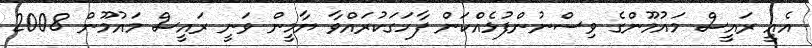
އެއީ ރައީސް މައުމޫންގެ ވިސްނުންފުޅެއްކަން ފާހަގަކުރައްވާ ޔާމީން ވަނީ ރައީސް މައުމޫން 2008